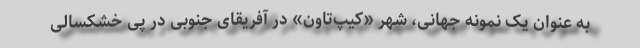
به عنوان یک نمونه جهانی، شهر «کیپ‌تاون» در آفریقای جنوبی در پی خشکسالی